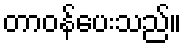
တာဝန်ပေးသည်။